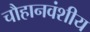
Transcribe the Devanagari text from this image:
चौहानवंशीय